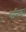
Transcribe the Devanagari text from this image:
धनिकः